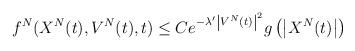
LaTeX: \begin{align*}f^N(X^N(t), V^N(t),t)\leq Ce^{-\lambda' \left|V^N(t)\right|^2}g\left(\left|X^N(t)\right|\right)\end{align*}